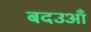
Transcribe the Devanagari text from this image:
बदउआँ